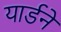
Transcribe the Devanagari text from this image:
यार्डने